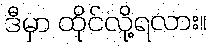
ဒီမှာ ထိုင်လို့ရလား။